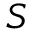
S